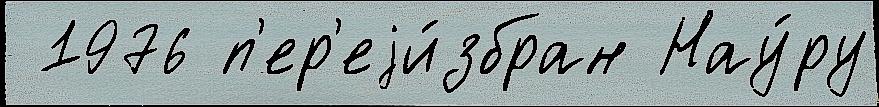
 1976 п'ер'еjи́збран Нау́ру